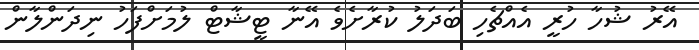
އޭރު ޝުހާ ހުރީ އެއްޗެހި ބަދަލު ކުރާށެވެ އޭނާ ޓީޝާޓް ލުމަށްފަހު ނިދަންލާން